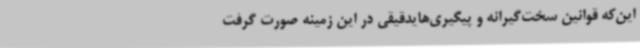
این‌که قوانین سخت‌گیرانه و پیگیری‌هایدقیقی در این زمینه صورت گرفت